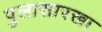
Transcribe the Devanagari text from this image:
पुलासारखा